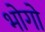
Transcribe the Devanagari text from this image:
भोगो